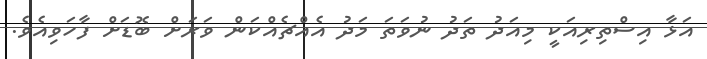
އަޅާ އިސްތިރިއަކީ މިއަދު ތަދު ނުވަތަ މަދު އެއްޗެއްކަން ވަރަށް ބޮޑަށް ފާހަވިއެވެ.